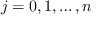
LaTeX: j = 0 , 1 , \ldots , n